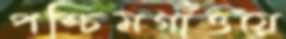
পশ্চিমগাঁওয়ে